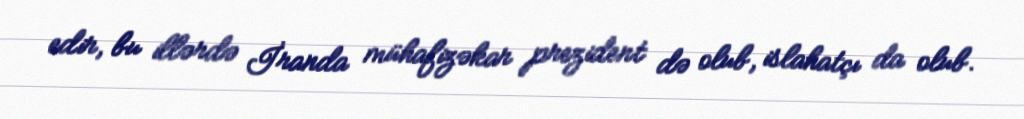
edir, bu illərdə İranda mühafizəkar prezident də olub, islahatçı da olub.